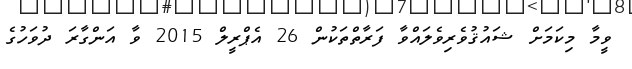
ވީމާ މިކަމަށް ޝައުޤުވެރިވެލައްވާ ފަރާތްތަކުން 26 އެޕްރީލް 2015 ވާ އަންގާރަ ދުވަހުގެ